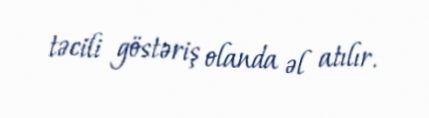
təcili göstəriş olanda əl atılır.